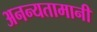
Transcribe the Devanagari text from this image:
अनन्यतामानी